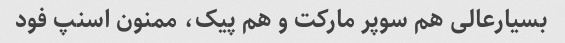
بسیارعالی هم سوپر مارکت و هم پیک، ممنون اسنپ فود